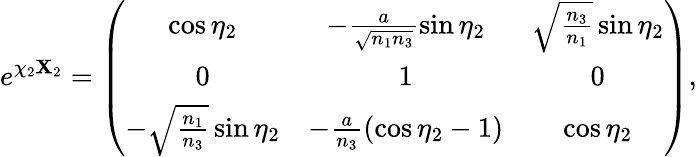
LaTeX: e^{\chi_{2}{\cal\mathbf{X}}_{2}}=\left(\begin{array}{ccc}{{\cos{\eta_{2}}}}&{{-\frac{a}{\sqrt{n_{1}n_{3}}}\sin{\eta_{2}}}}&{{\sqrt{\frac{n_{3}}{n_{1}}}\sin{\eta_{2}}}}\\ {{0}}&{{1}}&{{0}}\\ {{-\sqrt{\frac{n_{1}}{n_{3}}}\sin{\eta_{2}}}}&{{-\frac{a}{n_{3}}(\cos{\eta_{2}}-1)}}&{{\cos{\eta_{2}}}}\end{array}\right),